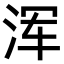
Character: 浑